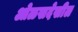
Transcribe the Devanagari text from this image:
ओळखदेखील